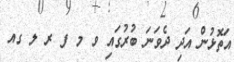
އަތޮޅުން އަދި ދެވަނަ ބުރުގައި ވ މ ފ ރ ލ ގއ